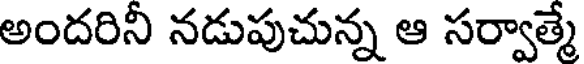
అందరిని నడుపుచున్న ఆ సర్వాత్మే